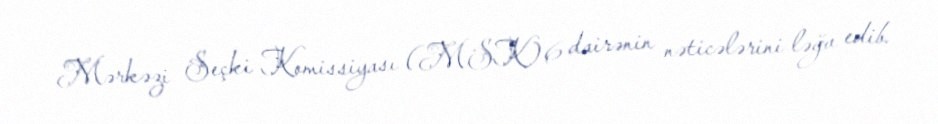
Mərkəzi Seçki Komissiyası (MSK) 6 dairənin nəticələrini ləğv edib.